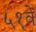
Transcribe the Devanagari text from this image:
५१वें